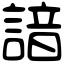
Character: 諳